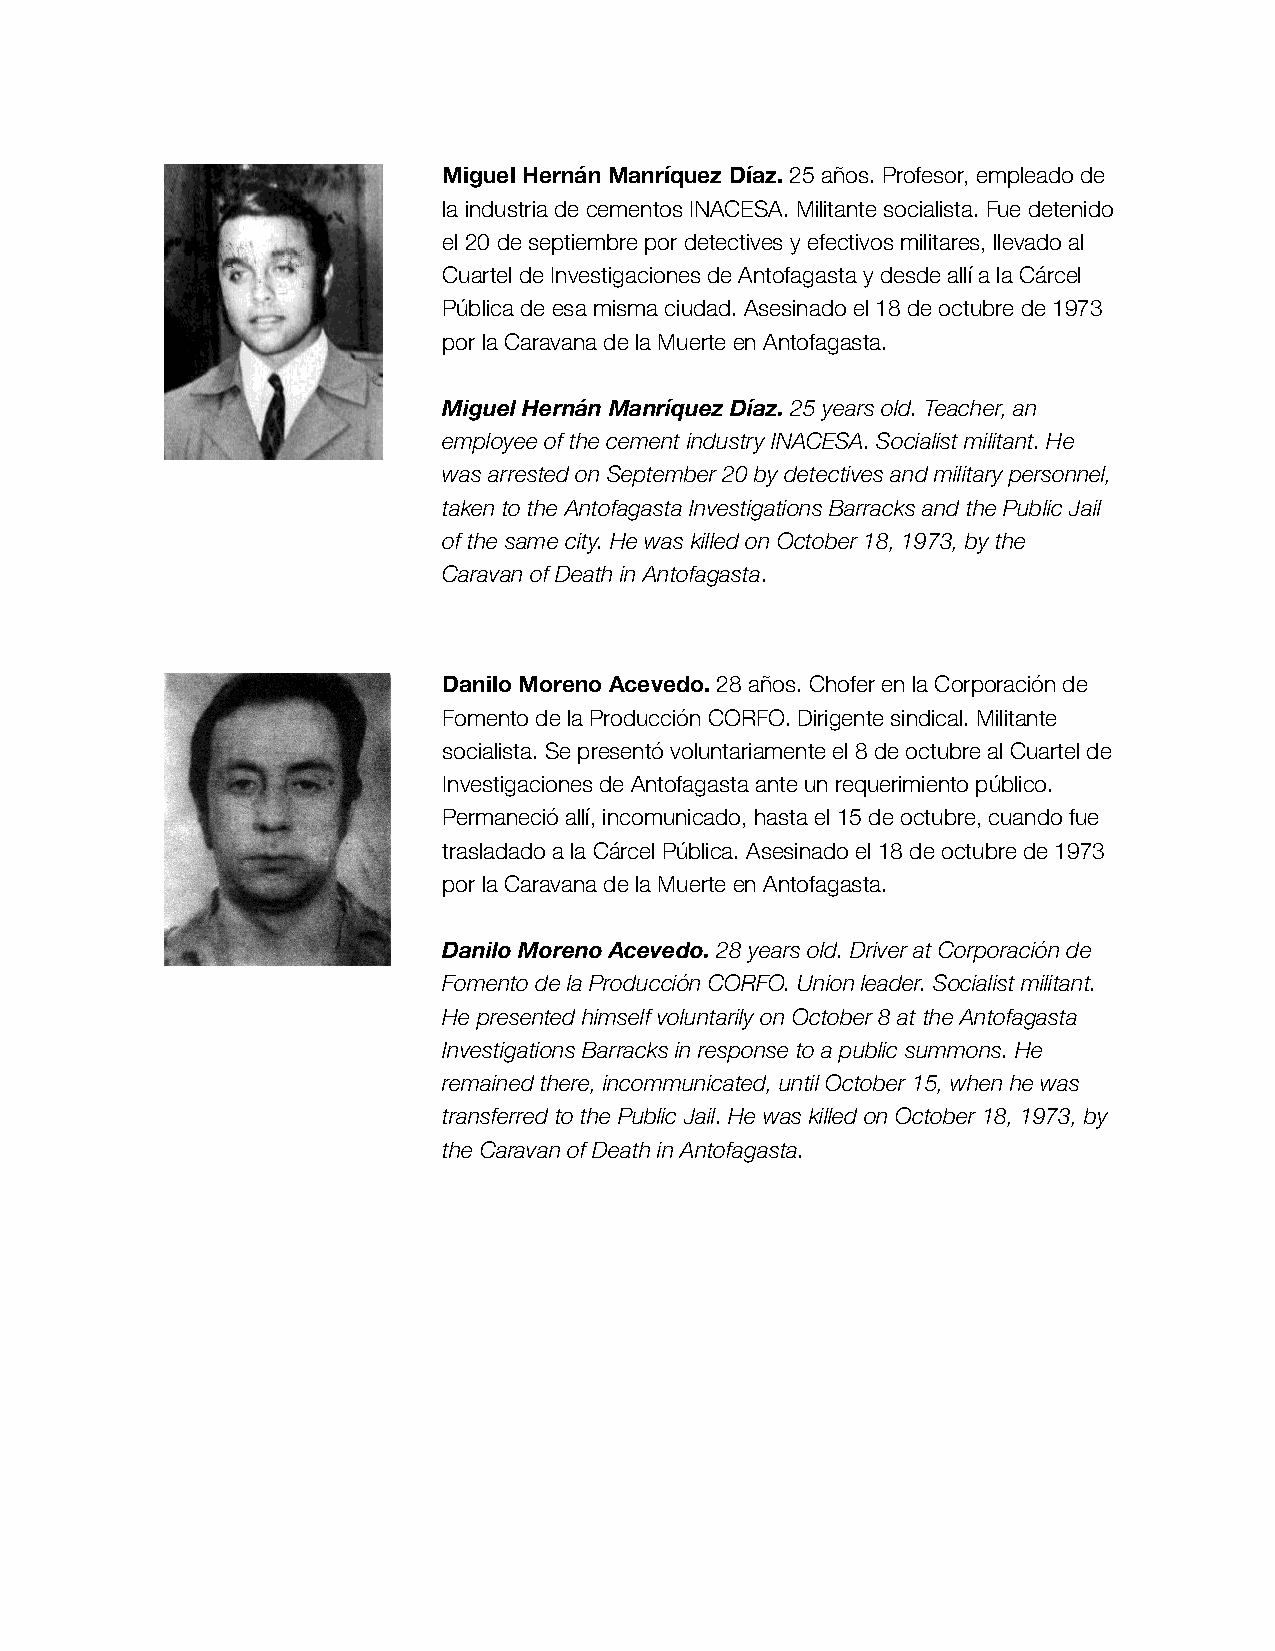
Miguel Hernán Manríquez Díaz. 25 años. Profesor, empleado de
 la industria de cementos INACESA. Militante socialista. Fue detenido
 el 20 de septiembre por detectives y efectivos militares, llevado al
 Cuartel de Investigaciones de Antofagasta y desde allí a la Cárcel
 Pública de esa misma ciudad. Asesinado el 18 de octubre de 1973
 por la Caravana de la Muerte en Antofagasta.
 Miguel Hernán Manríquez Díaz. 25 years old. Teacher, an
 employee of the cement industry INACESA. Socialist militant. He
 was arrested on September 20 by detectives and military personnel,
 taken to the Antofagasta Investigations Barracks and the Public Jail
 of the same city. He was killed on October 18, 1973, by the
 Caravan of Death in Antofagasta.
 Danilo Moreno Acevedo. 28 años. Chofer en la Corporación de
 Fomento de la Producción CORFO. Dirigente sindical. Militante
 socialista. Se presentó voluntariamente el 8 de octubre al Cuartel de
 Investigaciones de Antofagasta ante un requerimiento público.
 Permaneció allí, incomunicado, hasta el 15 de octubre, cuando fue
 trasladado a la Cárcel Pública. Asesinado el 18 de octubre de 1973
 por la Caravana de la Muerte en Antofagasta.
 Danilo Moreno Acevedo. 28 years old. Driver at Corporación de
 Fomento de la Producción CORFO. Union leader. Socialist militant.
 He presented himself voluntarily on October 8 at the Antofagasta
 Investigations Barracks in response to a public summons. He
 remained there, incommunicated, until October 15, when he was
 transferred to the Public Jail. He was killed on October 18, 1973, by
 the Caravan of Death in Antofagasta.